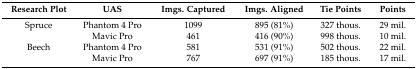
| Research Plot | UAS | Imgs. Captured | Imgs. Aligned | Tie Points | Points |
 | --- | --- | --- | --- | --- | --- |
 | Spruce | Phantom 4 Pro | 1099 | 895 (81%) | 327 thous. | 29 mil. |
 |  | Mavic Pro | 461 | 416 (90%) | 998 thous. | 10 mil. |
 | Beech | Phantom 4 Pro | 581 | 531 (91%) | 502 thous. | 22 mil. |
 |  | Mavic Pro | 767 | 697 (91%) | 185 thous. | 17 mil. |